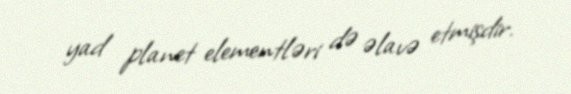
yad planet elementləri də əlavə etmişdir.